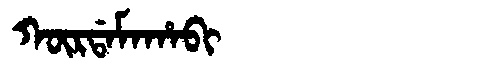
Manchu: ᡴᡡᡵᡩᠠᠮᠠᡥᠠᠪᡳ
Romanization: KŪRDAMAHABI